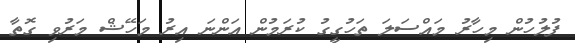
ފުލުހުން މިހާރު މައްސަލަ ތަހުގީގު ކުރަމުން އަންނަ އިރު މަހޭޝް މަރުވި ގޮތާ